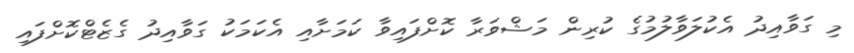
މި ގަވާއިދު އެކުލަވާލުމުގެ ކުރިން މަޝްވަރާ ކޮށްފައިވާ ކަމަށާއި އެކަމަކު ގަވާއިދު ގެޒެޓްކޮށްފައި